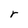
Character: r